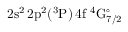
\mathrm { 2 s ^ { 2 } \, 2 p ^ { 2 } ( ^ { 3 } P ) \, 4 f ~ ^ { 4 } G _ { 7 / 2 } ^ { \circ } }